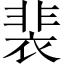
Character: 裴